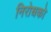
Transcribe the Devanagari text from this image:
निरोधको